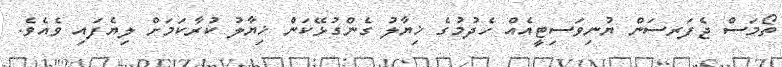
ތޯމަސް ޖެފަރސަން ޔުނިވަސިޓީއެއް ހެދުމުގެ ޚިޔާލު ގެންގުޅޭކަން ޚިޔާލު ކުރާކަމަށް ލިޔެފައި ވެއެވެ.